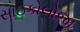
સાઇકોલોજી